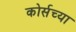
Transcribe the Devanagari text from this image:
कोर्सच्या